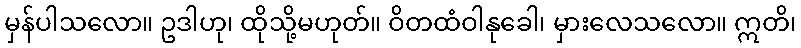
မှန်ပါသလော။ ဥဒါဟု၊ ထိုသို့မဟုတ်။ ဝိတထံဝါနုခေါ၊ မှားလေသလော။ ဣတိ၊